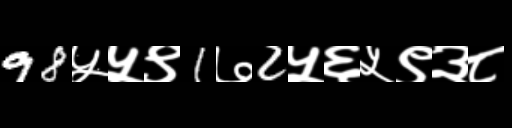
Text: 98५५९1७2५६५९३८